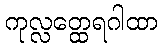
ကုလ္လတ္ထေရဂါထာ